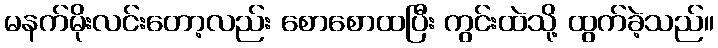
မနက်မိုးလင်းတော့လည်း စောစောထပြီး ကွင်းထဲသို့ ထွက်ခဲ့သည်။